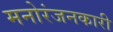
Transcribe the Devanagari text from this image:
मनोरंजनकारी